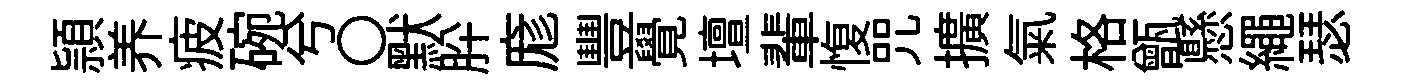
頴养疲碗兮〇默肸庬豐覺壇輩愎咒擴氣格甑懸繩瑟